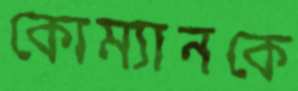
কোম্যানকে